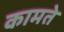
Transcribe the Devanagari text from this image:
कामते